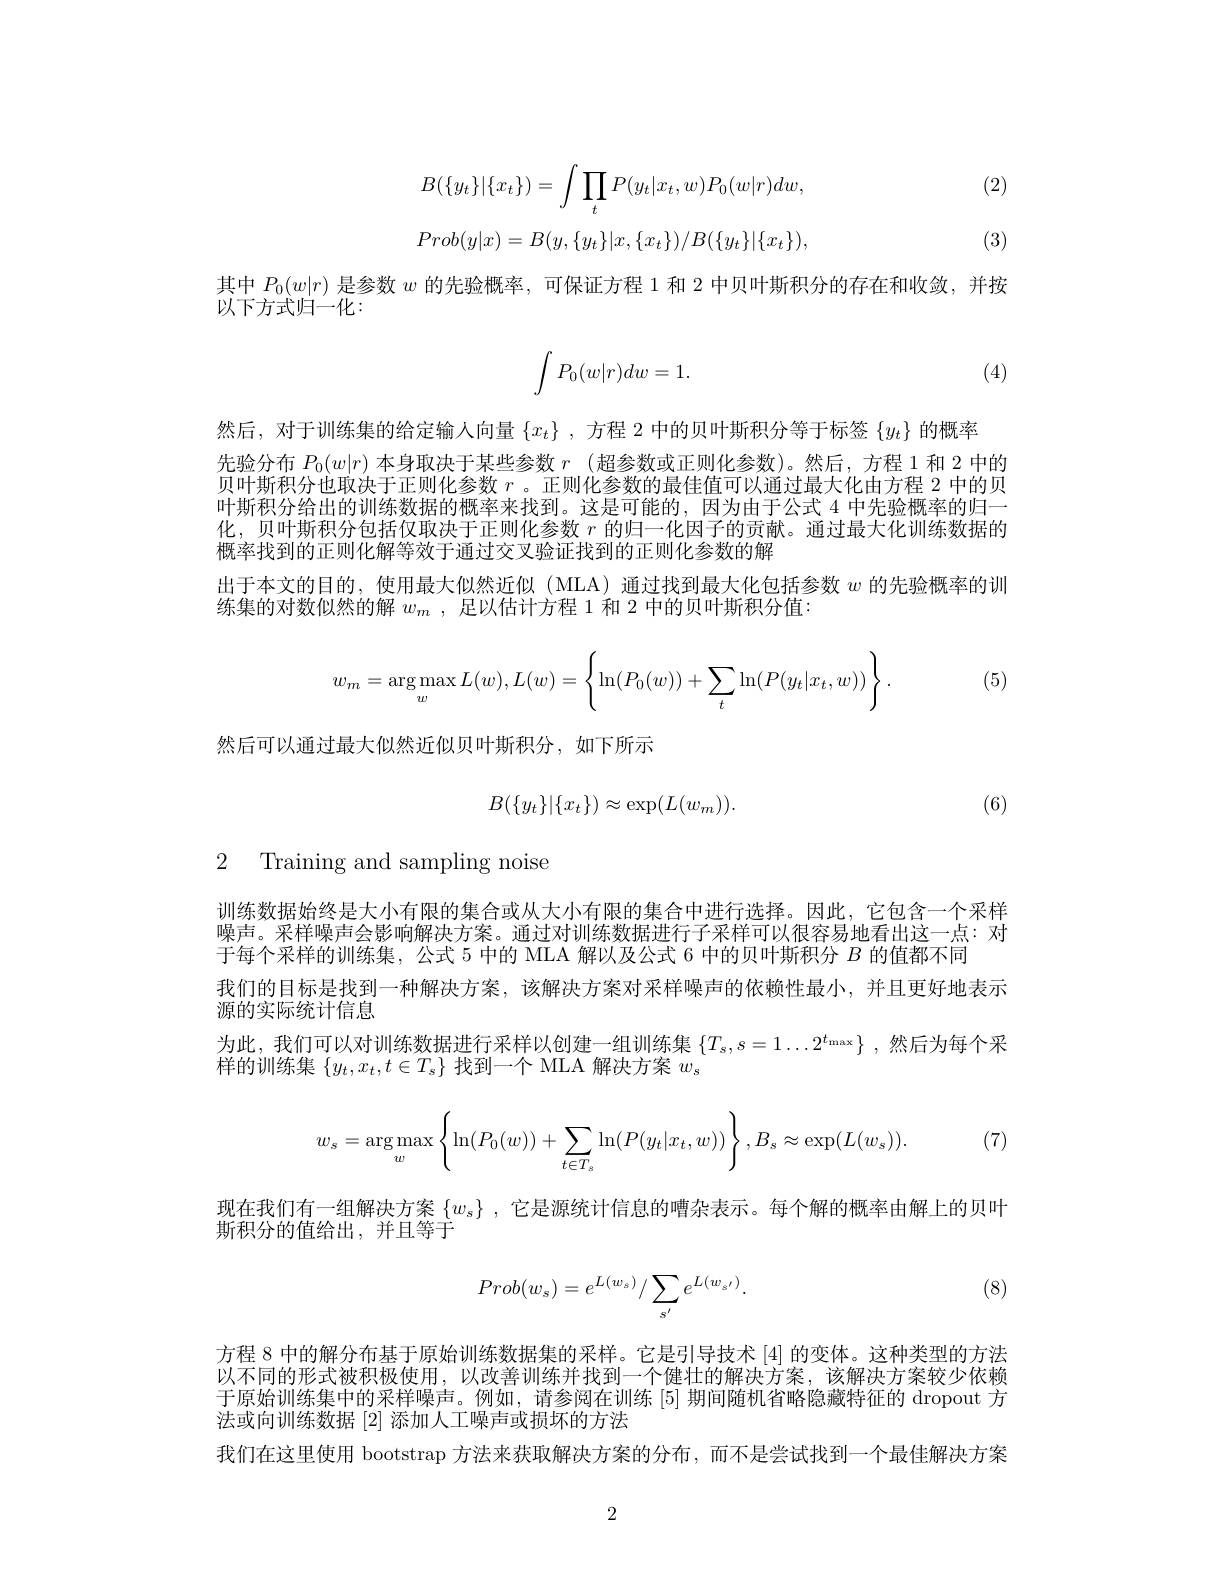
(2)
$$B(\{y_t\}|\{x_t\})=\int\prod_tP(y_t|x_t,w)P_0(w|r)dw,$$
(3)

$Prob(y|x)=B(y,\{y_{t}\}|x,\{x_{t}\})/B(\{y_{t}\}|\{x_{t}\})$

其中$P_0(w|r)$是参数$w$的先验概率，可保证方程 1 和 2 中贝叶斯积分的存在和收敛，并按
以下方式归一化：
$$\int P_0(w|r)dw=1.$$
(4)

然后，对于训练集的给定输人向量$\{x_t\}$ ,方程 2 中的贝叶斯积分等于标签$\{y_t\}$的概率
先验分布$P_0(w|r)$本身取决于某些参数$r$ (超参数或正则化参数)。然后，方程 1 和 2 中的贝叶斯积分也取决于正则化参数$r$ 。正则化参数的最佳值可以通过最大化由方程 2 中的贝叶斯积分给出的训练数据的概率来找到。这是可能的，因为由于公式 4 中先验概率的归一化，贝叶斯积分包括仅取决于正则化参数$r$的归一化因子的贡献。通过最大化训练数据的概率找到的正则化解等效于通过交叉验证找到的正则化参数的解
出于本文的目的，使用最大似然近似(MLA)通过找到最大化包括参数$w$的先验概率的训
练集的对数似然的解$w_m$ ,足以估计方程 1 和 2 中的贝叶斯积分值：

(5)
$$w_m=\arg\max_wL(w),L(w)=\left\{\ln(P_0(w))+\sum_t\ln(P(y_t|x_t,w))\right\}.$$
然后可以通过最大似然近似贝叶斯积分，如下所示
$$B(\{y_t\}|\{x_t\})\approx\exp(L(w_m)).$$
(6)

2 Training and sampling noise

训练数据始终是大小有限的集合或从大小有限的集合中进行选择。因此，它包含一个采样噪声。采样噪声会影响解决方案。通过对训练数据进行子采样可以很容易地看出这一点：对于每个采样的训练集，公式 5 中的 MLA 解以及公式 6 中的贝叶斯积分$B$的值都不同
我们的目标是找到一种解决方案，该解决方案对采样噪声的依赖性最小，并且更好地表示
源的实际统计信息
为此，我们可以对训练数据进行采样以创建一组训练集$\{T_s,s=1\ldots2^{t_\mathrm{max}}\}$ ,然后为每个采
样的训练集$\{y_t,x_t,t\in T_s\}$找到一个 MLA 解决方案$w_s$

(7). (7)
$$w_s=\arg\max\limits_w\left\{\ln(P_0(w))+\sum\limits_{t\in T_s}\ln(P(y_t|x_t,w))\right\},B_s\approx\exp(L(w_s)).$$
现在我们有一组解决方案$\{w_s\}$ ,它是源统计信息的嘈杂表示。每个解的概率由解上的贝叶
斯积分的值给出，并且等于

(8)
$$Prob(w_s)=e^{L(w_s)}/\sum_{s'}e^{L(w_{s'})}.$$
方程 8 中的解分布基于原始训练数据集的采样。它是引导技术 [4] 的变体。这种类型的方法以不同的形式被积极使用，以改善训练并找到一个健壮的解决方案，该解决方案较少依赖于原始训练集中的采样噪声。例如，请参阅在训练[5]期间随机省略隐藏特征的 dropout 方法或向训练数据[2] 添加人工噪声或损坏的方法
我们在这里使用 bootstrap 方法来获取解决方案的分布，而不是尝试找到一个最佳解决方案

2